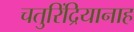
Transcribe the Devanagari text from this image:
चतुरिंद्रियानाह